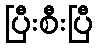
ပြီးစီးပြီ